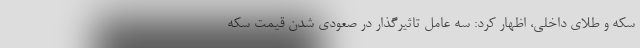
سکه و طلای داخلی، اظهار کرد: سه عامل تاثیرگذار در صعودی شدن قیمت سکه